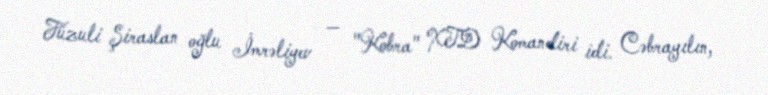
Füzuli Şiraslan oğlu İmrəliyev — "Kobra" XTD Komandiri idi. Cəbrayılın,